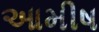
આમીષ